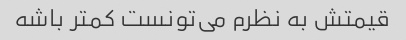
قیمتش به نظرم می‌تونست کمتر باشه